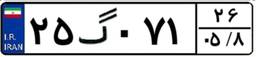
۲۵گ۰۷۱۲۶